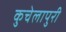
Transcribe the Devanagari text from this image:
कुचेलापुरी